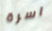
اسرة